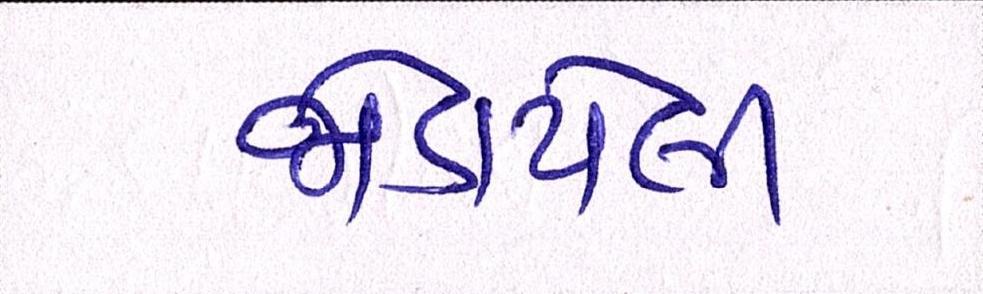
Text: જોડાયેલી